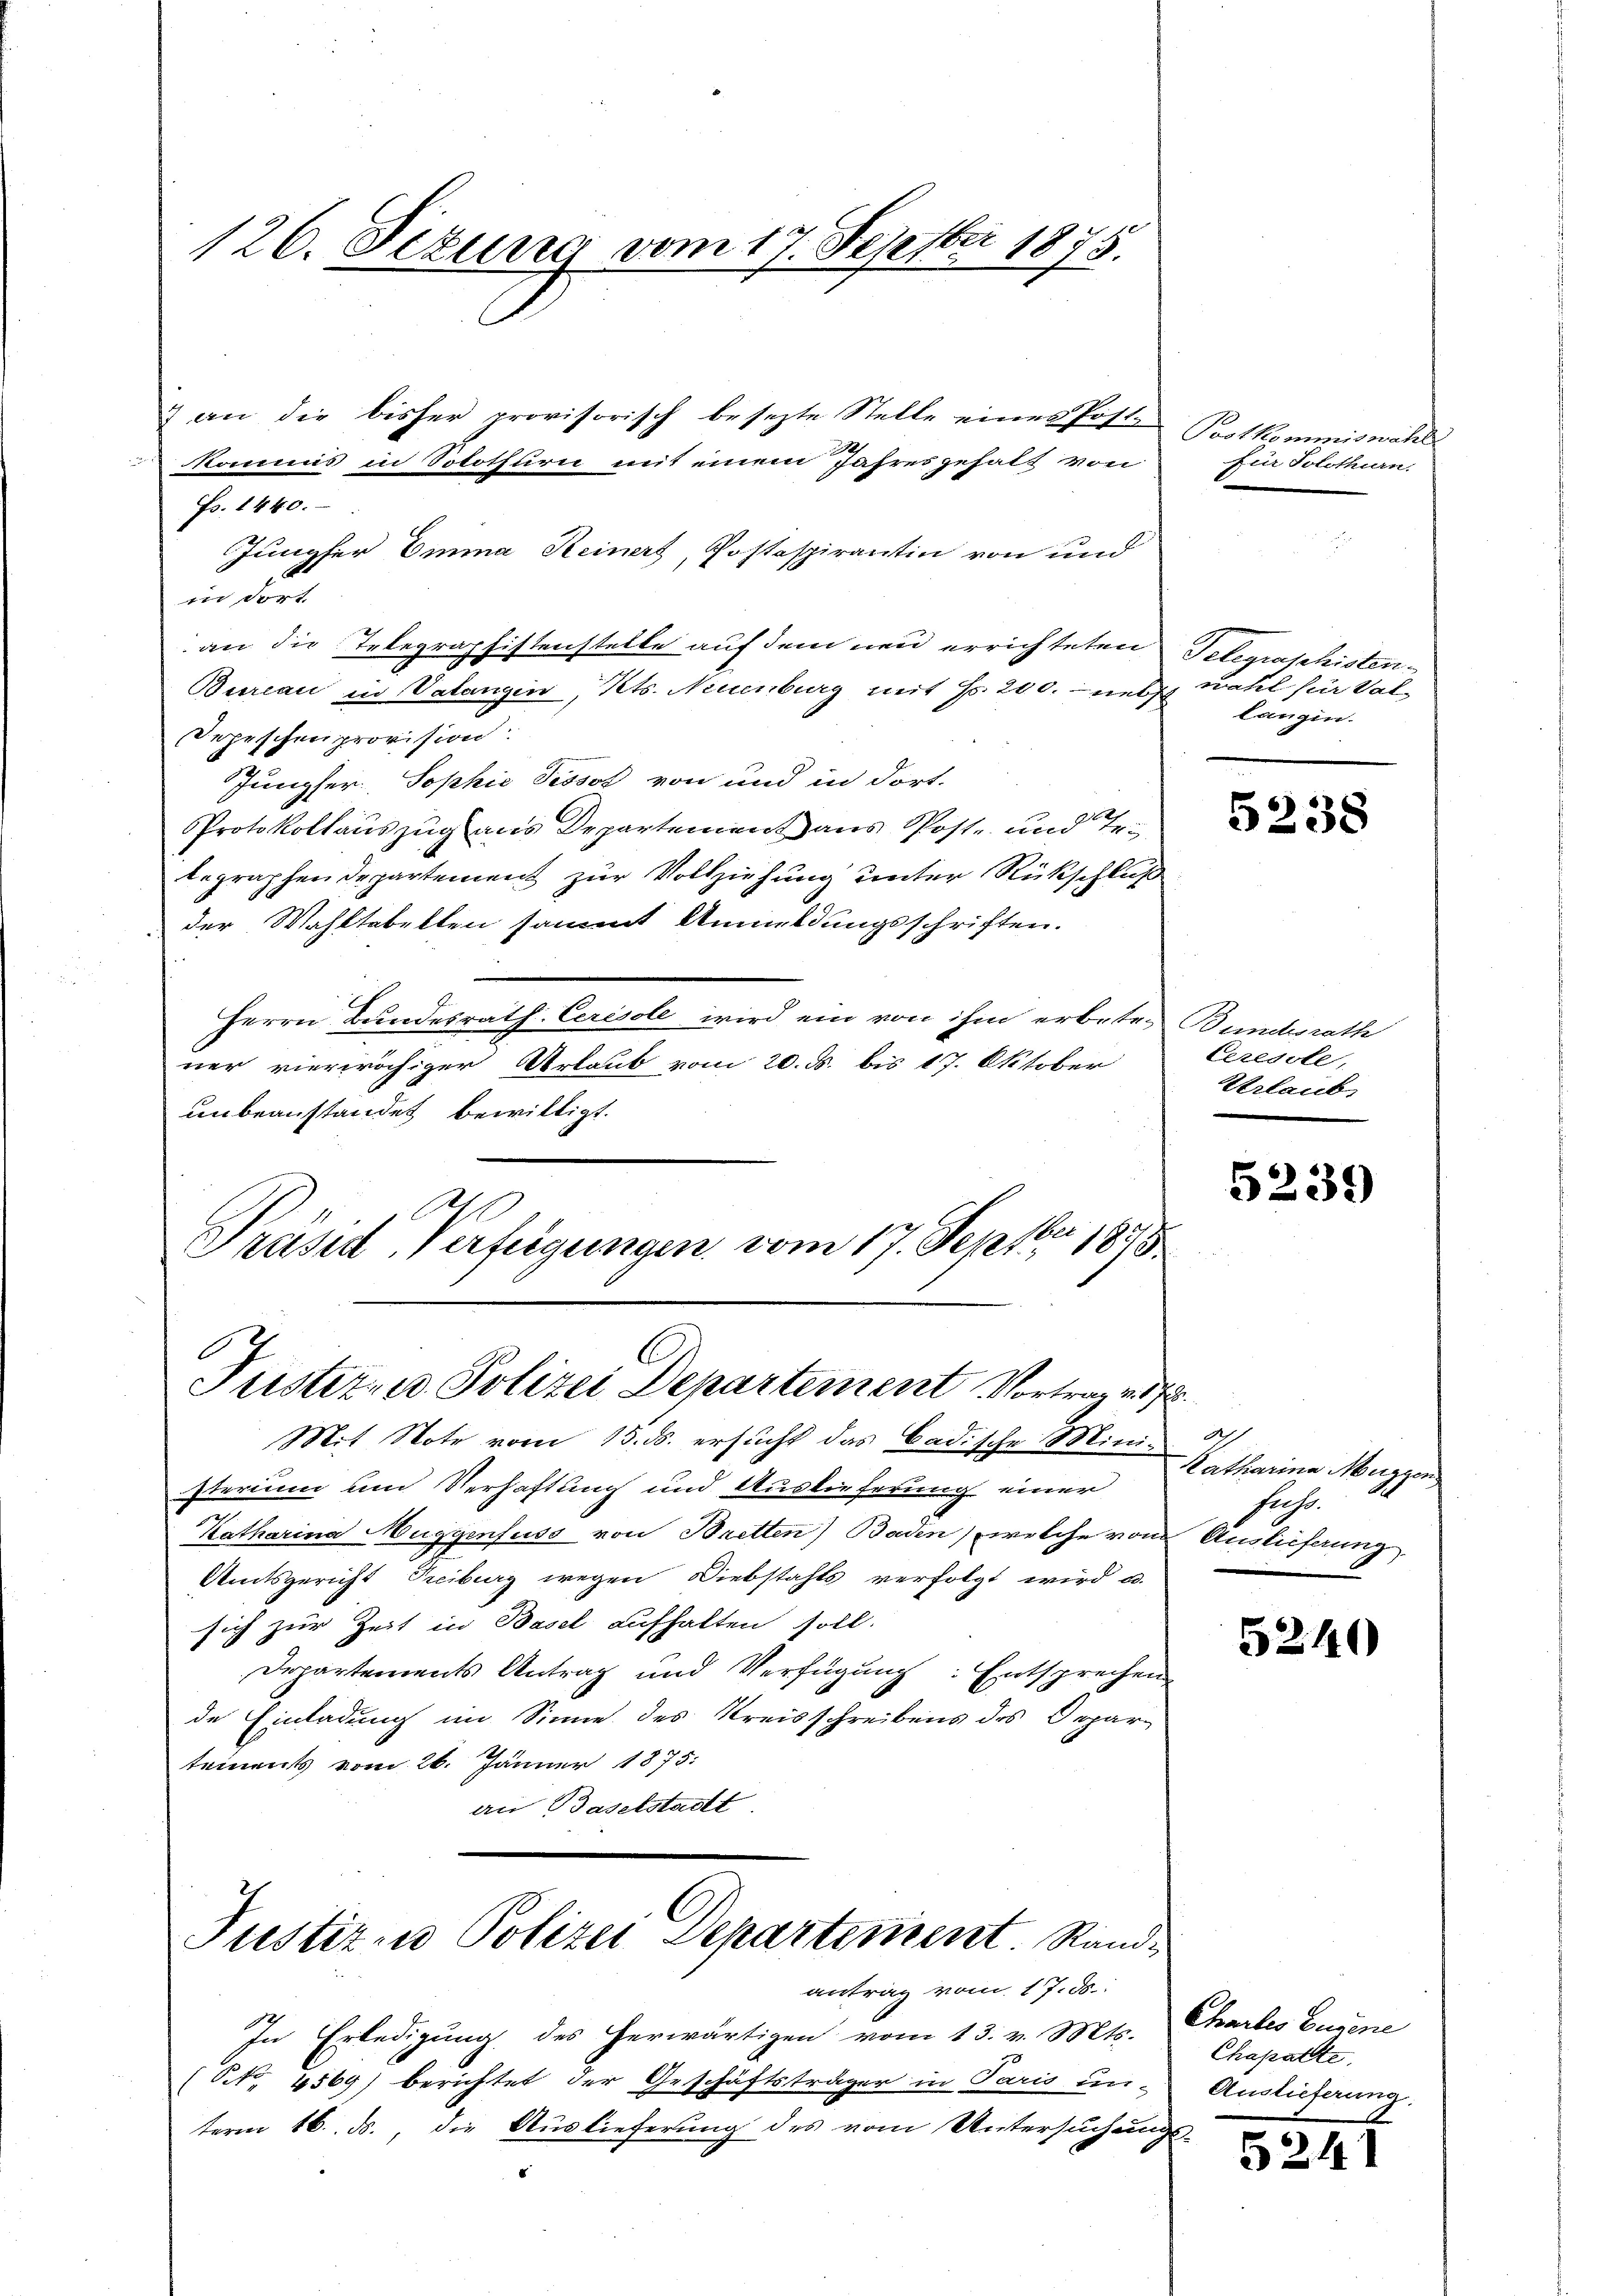
126. Sezung vom 17. Septber 1875.

Fs. 1440.
Jungfer Emma Keinert, Postspirantin von und
in dort
an die Ertegraphistenstelle auf dem neu errichteten
Bureau in Valangin, Kts. Neuenburg mit Fr. 200. netz wohl für Vat
Depeschenprovision
Jungser, Sophić Pissot von und in dort.
Protokollauszug aus Departement aus Post- und Tr
begraphen Departement zur Vollziehung unter Rückschluß
der Wahltabellen sammt Anmeldungsschriften.
Herrn Bundesrath Ceresole wird ein von ihm erbeten
ner vierwöchiger Urlaub vom 20. d. bis 17. Oktober
unbeanstandet bewilligt.
Des
Präsid. Verfügungen, vom 17. Septbr 1848

Kommis in Solothurn mit einem Jahresgehalt von

& an die bisher provisorisch besezte Stelle eines Post¬

C
Justiz- u. Polizei Departement Vortrag v. 1720.

Mit Note vom 15. ds. ersucht das Badische Mini-
sterium und Verhaftung und Auslieferung einer
Katharina Muggenfuss von Bretten) Baden, welche von Auslieferung
Amtsgericht Treiburg wegen Diebstahls verfolgt wird u.
sich zur Zeit in Basel aufhalten soll.
Departements Antrag und Verfügung. Entsprechen
de Einladung im Sinne des Kreisschreibens des Departements vom 26. Jänner 1875.
an Baselstadt

Justiz- u Polizei Departement. Rand¬

antrag vom 17. ds.
In Erledigung des herwärtigen vom 13. v. Mts.
(NNNo. 4569) berichtet der Geschäftsträger in Paris un-

term 16. ds., die Auslieferung des vom Untersuchung

Postkommiswahl
für Solothurn.

Telegraschisten.
langin.

5238

Bundesrath
Ceresste,
Urlaub

5239

Katharina Muggen
Jehs.

5240

Chartes Eugene
Chapatte.
Auslieferung.

5241